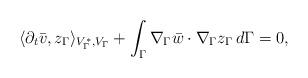
LaTeX: \begin{align*} \langle \partial_t \bar{v}, z_\Gamma \rangle_{V_\Gamma^*,V_\Gamma}+ \int_{\Gamma} \nabla_\Gamma \bar{w} \cdot \nabla_\Gamma z_\Gamma \,d\Gamma = 0,\end{align*}